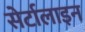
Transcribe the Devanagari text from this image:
सेर्टालाइन